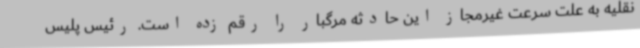
نقلیه به علت سرعت غیرمجاز این حادثه مرگبار را رقم زده است. رئیس پلیس